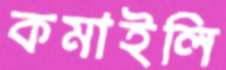
কমাইলি